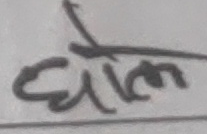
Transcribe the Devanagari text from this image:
धोल